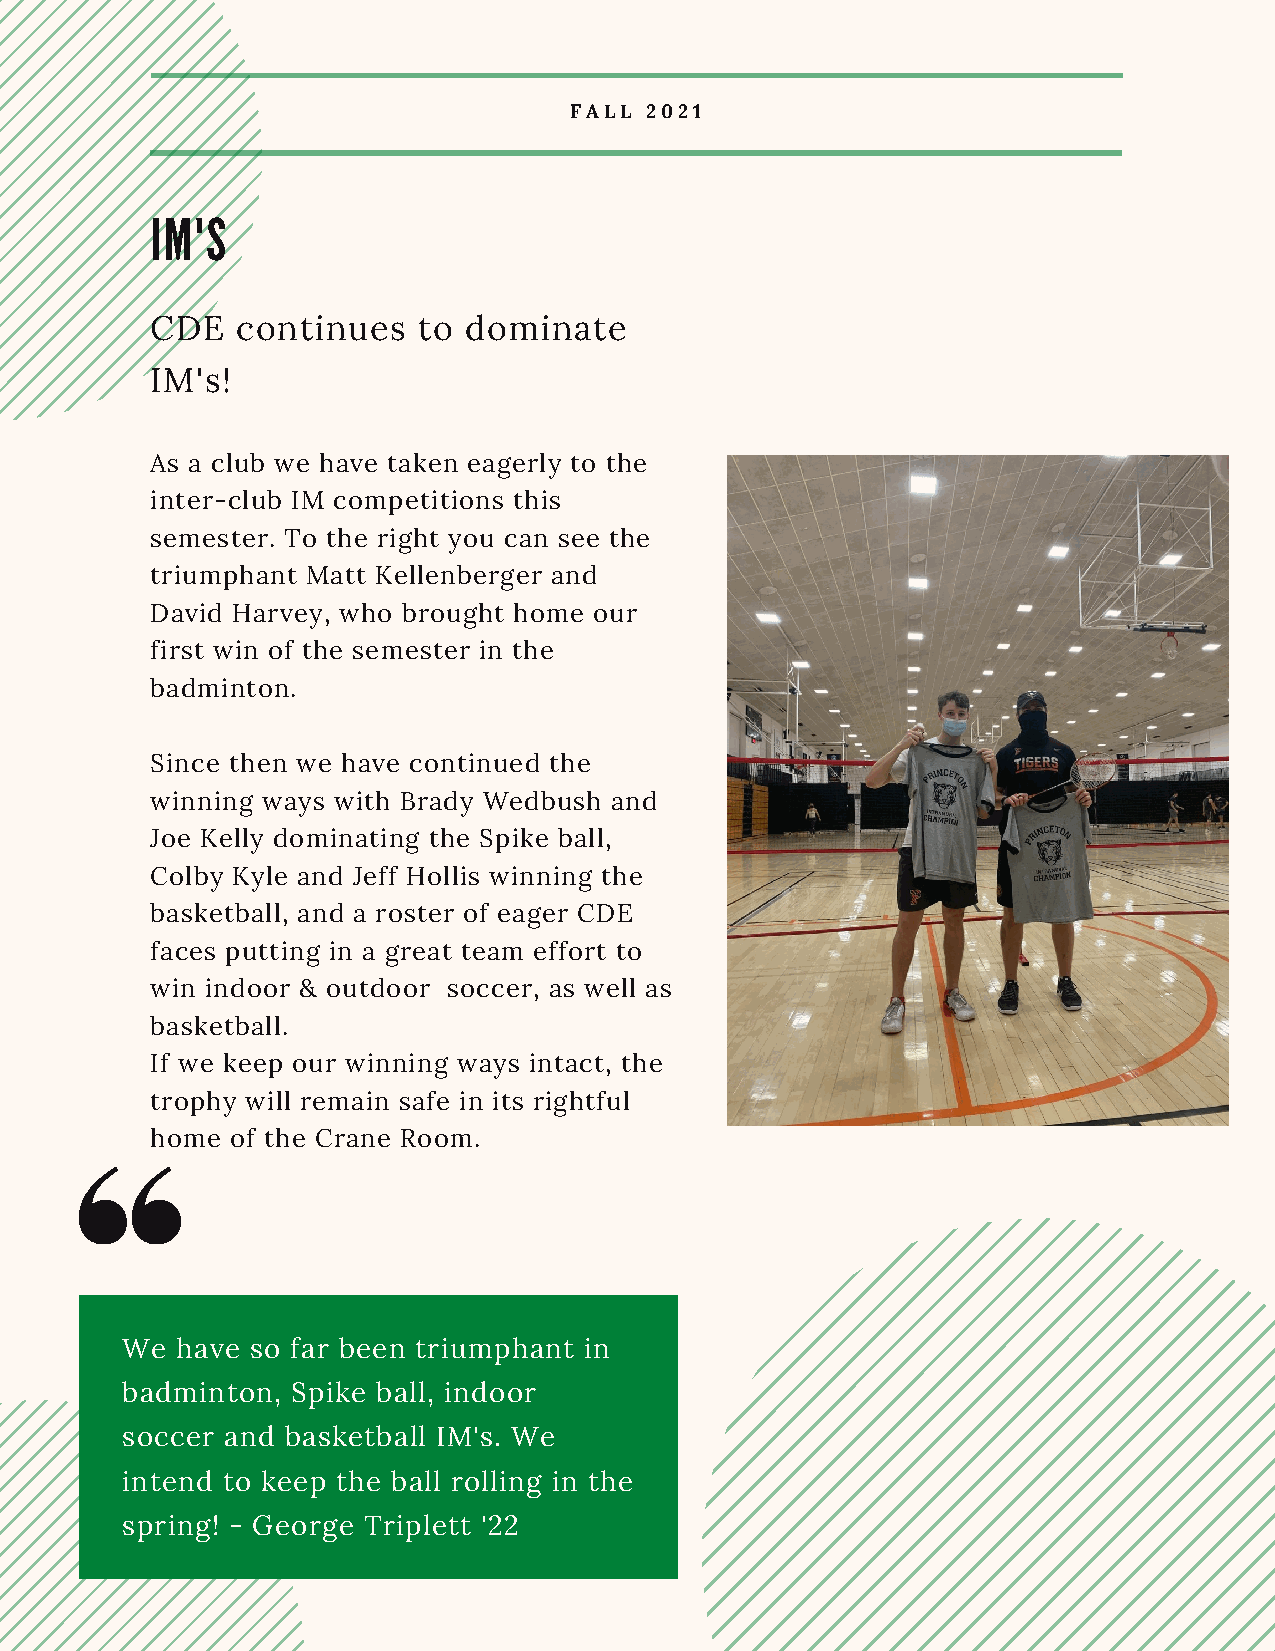
FALL 2021
 IM'S
 CDE   continues   to dominate
 IM's!
 As a club we have taken eagerly to the
 inter-club IM competitions this
 semester. To the right you can see the
 triumphant Matt Kellenberger and
 David Harvey, who brought home our
 first win of the semester in the
 badminton.
 Since then we have continued the
 winning ways with Brady Wedbush and
 Joe Kelly dominating the Spike ball,
 Colby Kyle and Jeff Hollis winning the
 basketball, and a roster of eager CDE
 faces putting in a great team effort to
 win indoor & outdoor soccer, as well as
 basketball.
 If we keep our winning ways intact, the
 trophy will remain safe in its rightful
 home of the Crane Room.
 We  have so far been triumphant in
 badminton, Spike ball, indoor
 soccer and basketball IM's. We
 intend to keep the ball rolling in the
 spring! - George Triplett '22